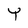
Character: Y